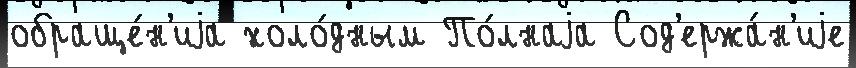
обраще́н'иjа холо́дным По́лнаjа Сод'ержа́н'иjе